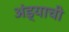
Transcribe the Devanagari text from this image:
अंड्याची